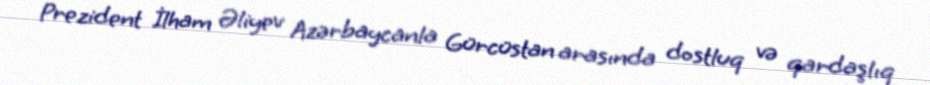
Prezident İlham Əliyev Azərbaycanla Gürcüstan arasında dostluq və qardaşlıq